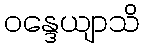
ဝန္ဒေယျာသိ